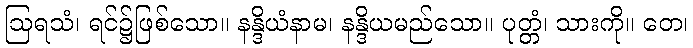
ဩရသံ၊ ရင်၌ဖြစ်သော။ နန္ဒိယံနာမ၊ နန္ဒိယမည်သော။ ပုတ္တံ၊ သားကို။ တေ၊